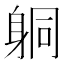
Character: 𨈹